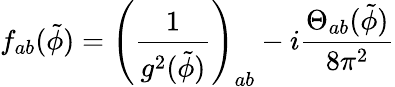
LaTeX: f_{ab}({\tilde{\phi}})=\left(\frac{1}{g^{2}({\tilde{\phi}})}\right)_{ab}-i\frac{{\Theta}_{ab}({\tilde{\phi}})}{8{\pi}^{2}}